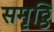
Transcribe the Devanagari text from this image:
समृठ्ठि